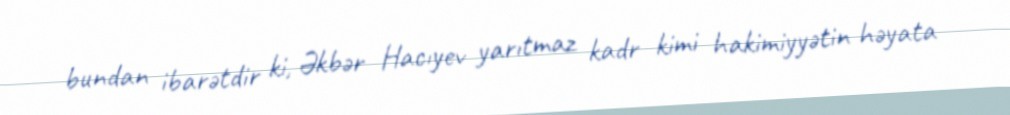
bundan ibarətdir ki, Əkbər Hacıyev yarıtmaz kadr kimi hakimiyyətin həyata